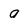
Character: 0